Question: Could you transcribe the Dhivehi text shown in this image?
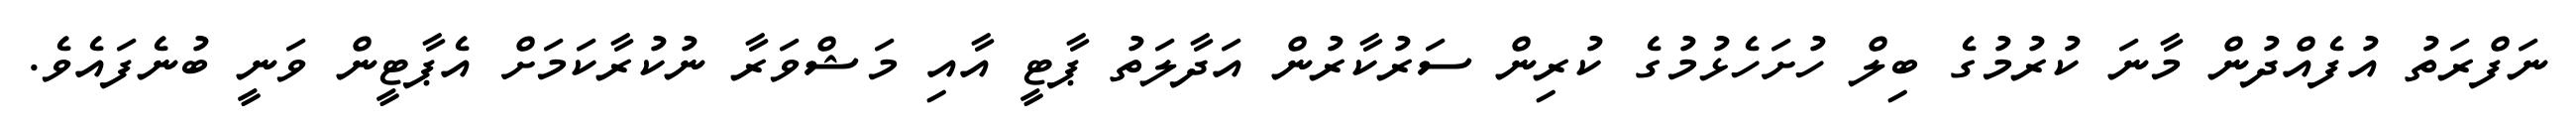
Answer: ނަފްރަތު އުފެއްދުން މާނަ ކުރުމުގެ ބިލް ހުށަހެޅުމުގެ ކުރިން ސަރުކާރުން އަދާލަތު ޕާޓީ އާއި މަޝްވަރާ ނުކުރާކަމަށް އެޕާޓީން ވަނީ ބުނެފައެވެ.